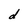
Character: d